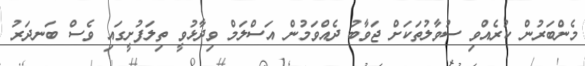
މެންބަރުން ކުރެއްވި ސުވާލުތަކަށް ޖަވާބު ދެއްވަމުން އަސްލަމް ވިދާޅުވީ ތިލަފުށީގައި ވެސް ބަނދަރު